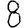
Digit: 8